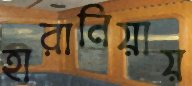
হারানিয়ায়